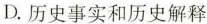
D.历史事实和历史解释